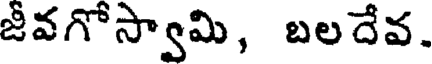
జీవగోస్వామి, బలదేవ.